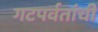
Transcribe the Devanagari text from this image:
गटपर्वतांची